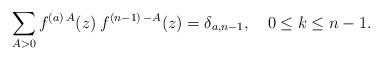
LaTeX: \begin{align*}\sum_{A>0} f^{(a)\, A}(z)\> f^{(n-1)\, -A}(z)=\delta_{a, n-1}, \quad 0\leq k \leq n-1.\end{align*}